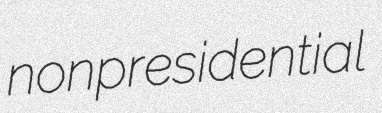
nonpresidential